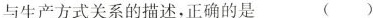
与生产方式关系的描述，正确的是 ( )